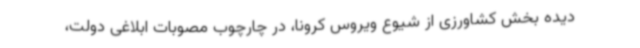
دیده بخش کشاورزی از شیوع ویروس کرونا، در چارچوب مصوبات ابلاغی دولت،